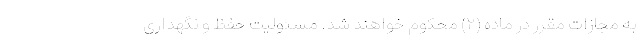
به مجازات مقرر در ماده (۲) محکوم ‌خواهند شد. مسئولیت حفظ و نگهداری